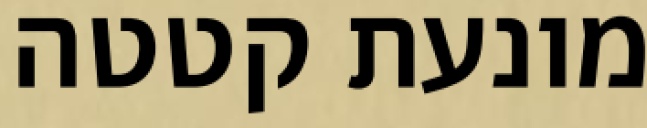
מונעת קטטה